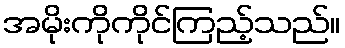
အမိုးကိုကိုင်ကြည့်သည်။